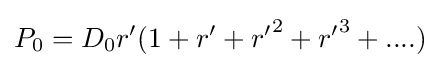
P_{0}={D_{0}}r'(1+r'+{r'}^{2}+{r'}^{3}+....)